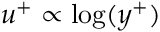
u ^ { + } \propto \log ( y ^ { + } )